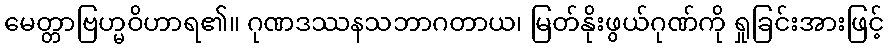
မေတ္တာဗြဟ္မဝိဟာရ၏။ ဂုဏဒဿနသဘာဂတာယ၊ မြတ်နိုးဖွယ်ဂုဏ်ကို ရှုခြင်းအားဖြင့်